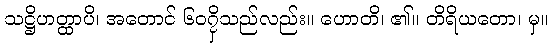
သဋ္ဌိဟတ္ထာပိ၊ အတောင် ၆၀၇ှိသည်လည်း။ ဟောတိ၊ ၏။ တိရိယတော၊ မှ။